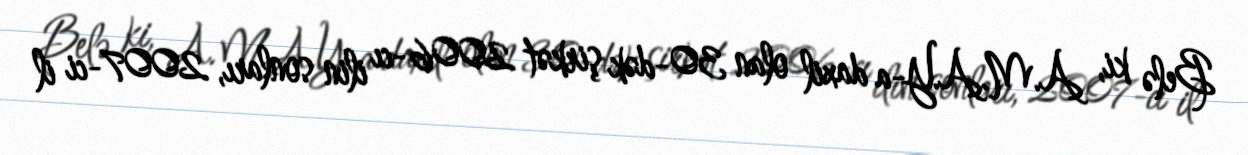
Belə ki, A.M.A.Y-a daxil olan 30-dək şirkət 2006-cı ilin sonları, 2007-ci il